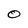
Character: O